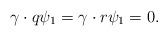
LaTeX: \begin{align*}\gamma \cdot q\psi _{1}=\gamma \cdot r\psi _{1}=0. \end{align*}